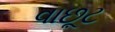
વાછૂટ